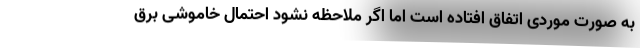
به صورت موردی اتفاق افتاده است اما اگر ملاحظه نشود احتمال خاموشی برق